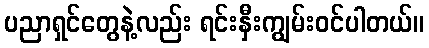
ပညာရှင်တွေနဲ့လည်း ရင်းနှီးကျွမ်းဝင်ပါတယ်။